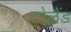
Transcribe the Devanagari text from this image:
टोलैंड